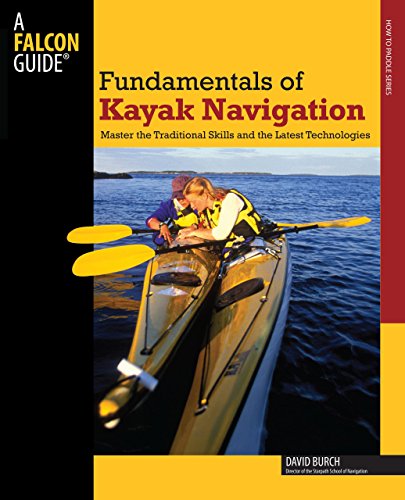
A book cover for Fundamentals of Kayak Navigation: Master the Traditional Skills and the Latest Technologies (How to Paddle Series); David Burch; Sports & Outdoors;